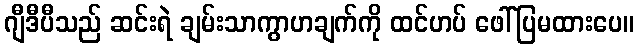
ဂျီဒီပီသည် ဆင်းရဲ ချမ်းသာကွာဟချက်ကို ထင်ဟပ် ဖေါ်ပြမထားပေ။